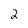
Character: 2